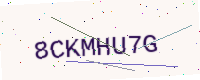
Text: 8CKMHU7G